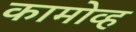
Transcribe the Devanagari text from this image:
कामोव्ह